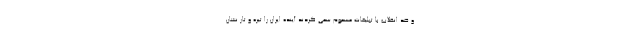
و ضد انقلاب با تبلیغات مسموم سعی کردند آینده ایران را تیره و تار نشان